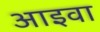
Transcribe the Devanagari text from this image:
आइवा